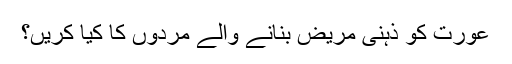
عورت کو ذہنی مریض بنانے والے مردوں کا کیا کریں؟